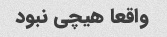
واقعا هیچی نبود